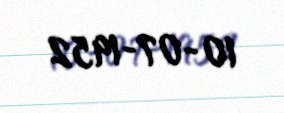
10-07-1952